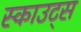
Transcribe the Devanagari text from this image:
स्‍काउट्स